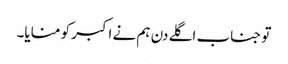
تو جناب اگلے دن ہم نے اکبر کو منایا۔